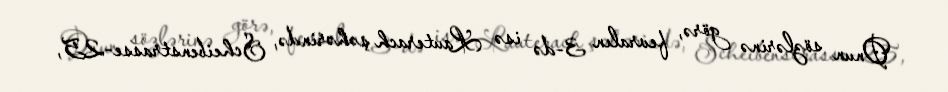
Onun sözlərinə görə, fevralın 3-də isə Lauterach şəhərində, Scheibenstrasse-25,